Annual statistical returns and brief notes on vaccination in Bengal - 1887-1898
Year: 1887
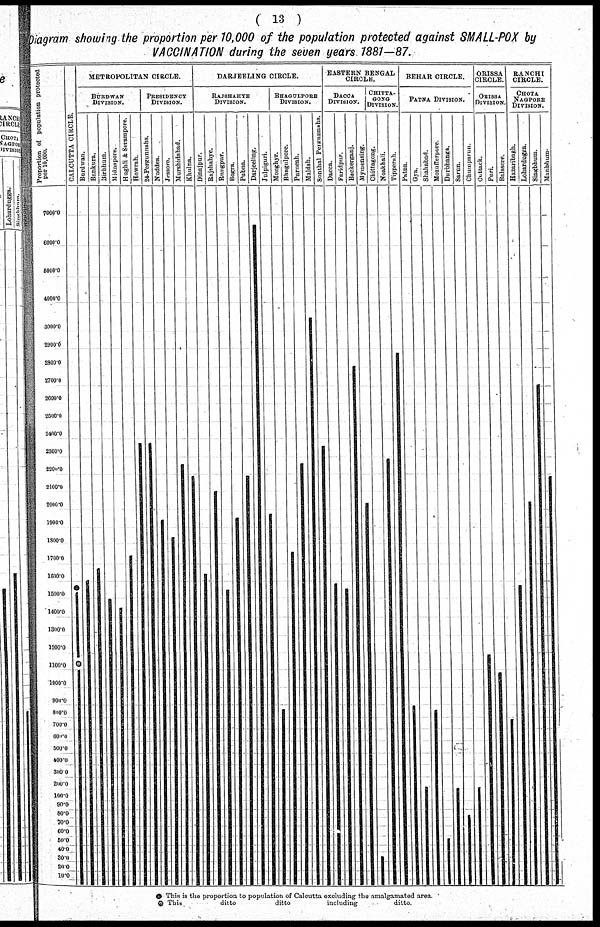
( 13 )
Diagram showing the proportion per 10,000 of the population protected against SMALL-POX by
VACCINATION during the seven years 1881—87.